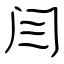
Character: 闫